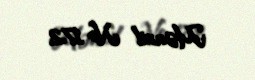
Mənzil № 172